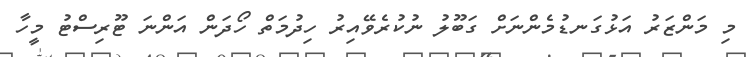
މި މަންޒަރު އަޅުގަނޑުމެންނަށް ގަބޫލު ނުކުރެވޭއިރު ހިދުމަތް ހޯދަން އަންނަ ޓޫރިސްޓު މީހާ